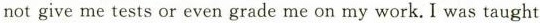
not give me tests or even grade me on my work.I was taught